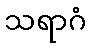
သရာဂံ